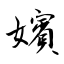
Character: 嬪